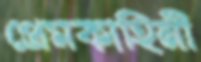
প্রেমকাহিনী